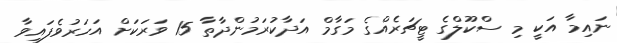
ނައިމާ އަކީ މި ސްކޫލްގެ ޓީޗަރެއްގެ މަގާމް އަދާކުރަމުންދާތާ 15 ވަރަކަށް އަހަރުވެފައިވާ